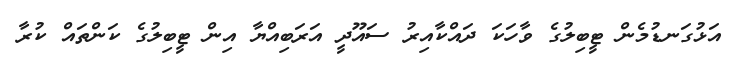
އަޅުގަނޑުމެން ޓީބިލުގެ ވާހަކަ ދައްކާއިރު ސައޫދީ އަރަބިއްޔާ އިން ޓީބިލުގެ ކަންތައް ކުރާ